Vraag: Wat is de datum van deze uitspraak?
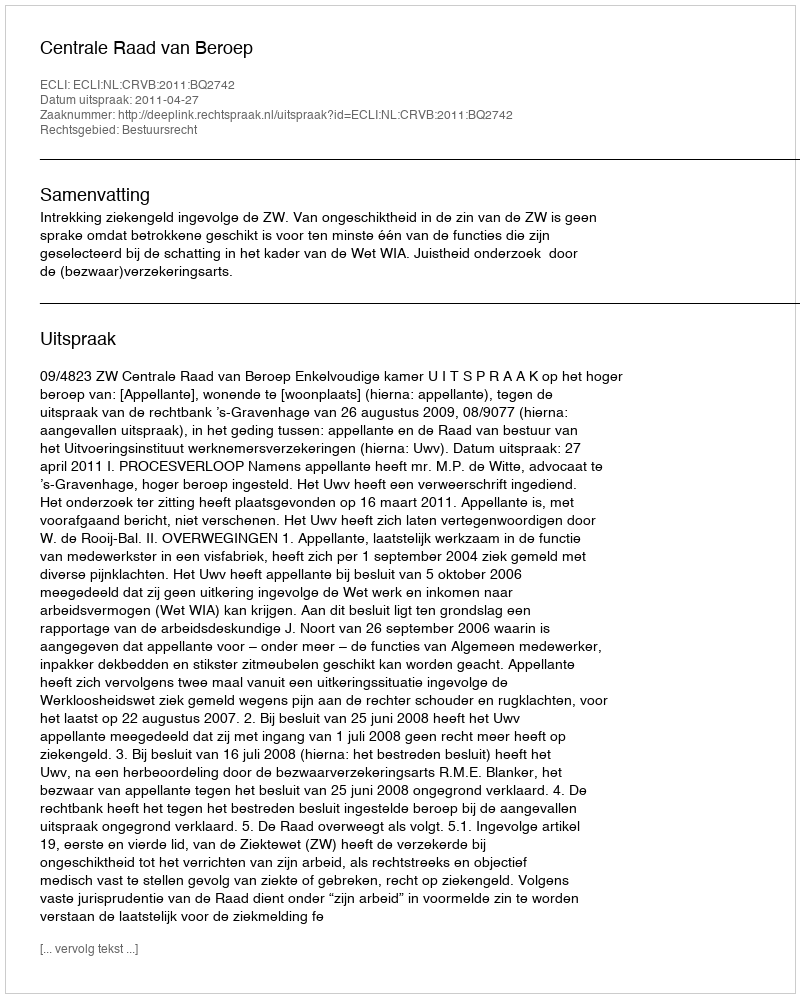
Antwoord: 2011-04-27